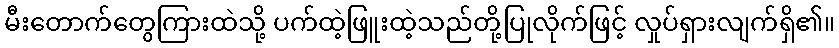
မီးတောက်တွေကြားထဲသို့ ပက်ထဲ့ဖြူးထဲ့သည်တို့ပြုလိုက်ဖြင့် လှုပ်ရှားလျက်ရှိ၏။